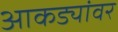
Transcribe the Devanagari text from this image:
आकड्यांवर